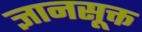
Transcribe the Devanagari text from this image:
ज्ञानसूक्त